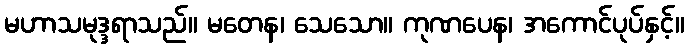
မဟာသမုဒ္ဒရာသည်။ မတေန၊ သေသော။ ကုဏပေန၊ အကောင်ပုပ်နှင့်။